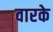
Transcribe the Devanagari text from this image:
वारके